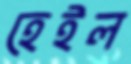
হেইল